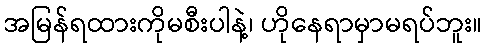
အမြန်ရထားကိုမစီးပါနဲ့၊ ဟိုနေရာမှာမရပ်ဘူး။